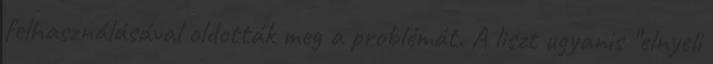
felhasználásával oldották meg a problémát. A liszt ugyanis "elnyeli